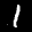
Label: 1